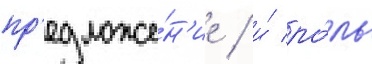
пр'едложе́н'ие / и́ ро́ль